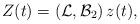
LaTeX: \begin{align*}Z(t)=\left( {\mathcal{L}} , {\mathcal{B}}_{2}\right) z(t),\end{align*}